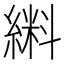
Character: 𫃼